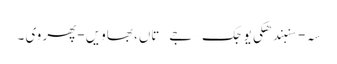
سہِ-سنبندھکی یوجک – جے – تاں، بھاویں -پھر وی ۔